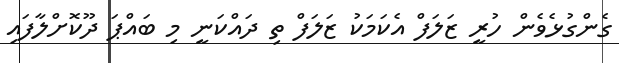
ގެންގުޅެވެން ހުރީ ޒަލަފް އެކަމަކު ޒަލަފް ތި ދައްކަނީ މި ބައްޕަ ދޫކޮށްލާފައި